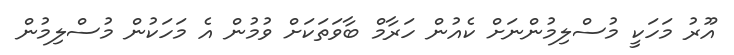
އޫރު މަހަކީ މުސްލިމުންނަށް ކެއުން ހަރާމް ބާވަތަކަށް ވުމުން އެ މަހަކުން މުސްލިމުން